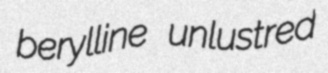
berylline unlustred